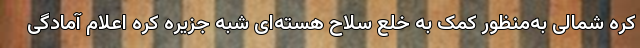
کره شمالی به‌منظور کمک به خلع سلاح هسته‌ای شبه جزیره کره اعلام آمادگی